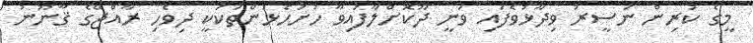
މީގެ ކުރިން ނަސީރު ވިދާޅުވެފައި ވަނީ ދޫކޮށްލާފައިވާ ހުށަހެޅުންތަކަކީ ދިވެހި ރާއްޖޭގެ ޤާނޫނު